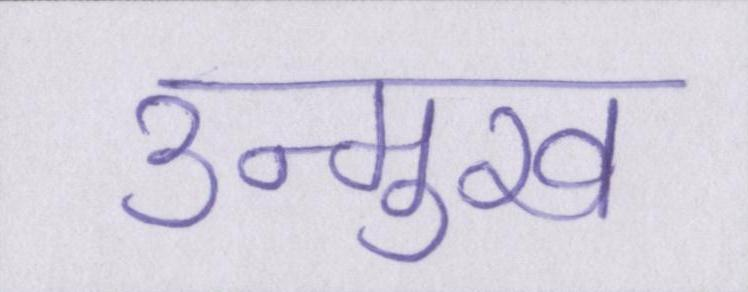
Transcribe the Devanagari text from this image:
उन्मुख